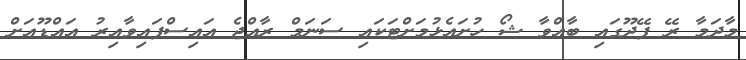
މާދަމާ ރޭ ފޭދޫގައި ބާއްވާ ޝޯ ހުށައެޅުމަށްޓަކައި ސަނަމް ރާއްޖެ އައިސްފައިވާއިރު އައްޑޫއަށް